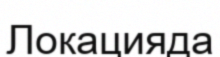
Локацияда